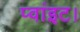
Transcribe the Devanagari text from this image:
प्‍वांइट।